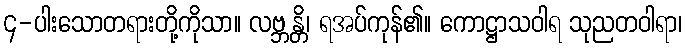
၄-ပါးသောတရားတို့ကိုသာ။ လဗ္ဘန္တိ၊ ရအပ်ကုန်၏။ ကောဋ္ဌာသဝါရ သုညတဝါရာ၊